Annual report of the Civil Veterinary Department, Bengal, and of the Bengal Veterinary College, for the year 1900-1901 - 1900-1901
Year: 1900
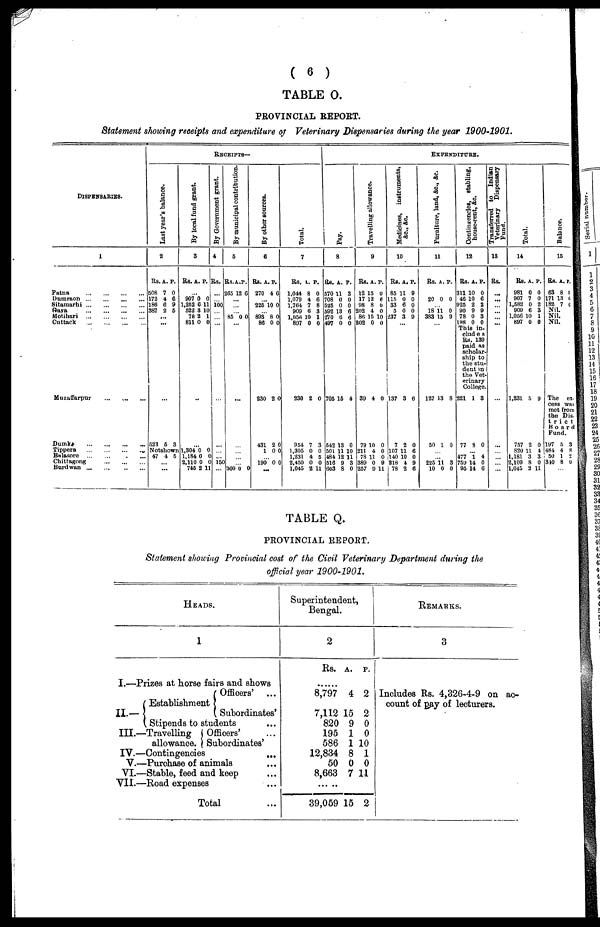
( 6 )
PROVINCIAL REPORT.
Statement showing receipts and expenditure of Veterinary Dispensaries during the year 1900-1901.
DISPENSARIES.
1
Patna
...
...
...
...
Dumraon
...
...
...
...
Sitamarhi
...
...
...
...
Gaya
...
...
...
...
Motihari
...
...
...
...
Cuttack
...
...
...
...
Muzaffarpur
...
...
...
Dumka
...
...
...
...
Tippera
...
...
...
...
Balasore ... ... ... ...
Chittagong
...
...
...
...
Burdwan
...
...
...
...
RECEIPTS—
Last year's balance.
2
Rs.
608
172
186
387
...
523
A.
7
4
6
2
...
...
5
P.
0
6
9
6
3
Not shown
47
...
...
4 5
By local fund grant
.
3
Rs.
..
907
1,252
522
78
811
..
...
l,304 0
1,184
2,11
746
A.
.
0
6
3
2
0
0
0 0
2
P.
0
11
10
1
0
0
0
0
11
By Government grant.
4
Rs.
...
... 100
...
...
...
...
...
...
...
150
...
By municipal contribution
.
5
Rs.
205
...
...
... 85 0
...
...
...
...
...
300
A.
12
... 0
P.
6
0
0
By other sources.
6
Rs.
270
... 225
... 893
86
230
431
1
... 190
.
A.
4
10
8
0
2
2
0
0
..
P.
6
0
0
0
0
0
0
0
Total.
7
Rs,
1,044
1,079
1,764
909
l,056
897
230
954
1,305
1,231
2,450
1,045
A.
8
4
7
6
10
0
2
7
0
4
0
2
P.
0
6
8
3
1
0
0
3
0
5
0
11
EXPEBNDITURE.
Pay.
8
Rs.
570
708
525
592
270
497
705
542
501
484
516
603
A.
11
0
0
13
6
0
16
13
11
12
9
8
P.
3
0
0
6
6
0
4
0
10
11
3
0
Travelling allowance.
9
Rs.
12
17
98
202
86
202
39
79
211
78
389
257
A.
15
12
8
4
15
0
4
10
4
11
0
9
P.
0
6
0
0
10
0
0
0
0
0
9
11
Me dic ine s
, instruments,
&c. , &c.
10
Rs.
85 1
115
33
5
237
...
137
7
107
140
218
78
A.
1
0
6
0
3
3
2
11
10
4
2
P.
9
0
0
0
9
6
0
6
0
9
6
Furniture
, land, &c., &c.
11
Rs.
20
... 18
383
...
127
50
...
... 225
10
A.
0
11
15
13
1
11
0
P.
0
0
9
8
0
3
0
Contingencies, stabling,
house-rent, &c.
12
Rs.
311 1
46 1
925
90
78
198
A.
0
0
2
9
0
0
P.
0
6
2
9
3
0
This in-
clues
Rs. 139
paid as
scholar
ship to
the stu-
dent in
the Vet-
erinary
College.
221
77
... 477 1
759
95
1
8
14
14
3
0
4
0
6
Transferred to Indian
Veterinary Dispensary
Fund.
13
Rs.
...
...
...
...
...
...
...
...
...
...
... ...
Total.
14
Rs.
981
907
1,582
909
1,056 1
897
1,231
757
820 1
1,181
2,109
1,045
A.
0
7
0
6
0
0
5
2
1
3
8
2
P.
0
0
2
3
1
0
9
0
4
3
0
11
Balance.
15
Rs.
63
171
182
Nil
Nil
Nil
A.
8
18
7
.
.
.
P.
0
6
6
The ex-
cess was
met from
the Dis-
t r
ict
Board
Fund.
197
484
50
310
...
5
4
1
8
3
8
2
0
TABLE Q.
PROVINCIAL REPORT.
Statement showing Provincial cost of the Civil Veterinary Department during the
official year 1900-1901.
HEADS.
1
I.—Prizes at horse fairs and shows
Officers'
...
Establishment
II.—
Subordinates'
Stipends to students ...
III.—Travelling
Officers' ...
allowance. Subordinates'
IV.—Contingencies
...
V.—Purchase of animals ...
VI.—Stable, feed and keep ...
VII.—Road expenses
...
Total ...
Superintende
Bengal.
nt,
2
Rs.
......
8,797
7,112
820
195
586
12,834
50
8,663
... ..
39,059
A.
4
15
9
1
1 1
8
0
7 1
15
P.
2
2
0
0
0
1
0
1
2
REMARKS.
3
Includes Rs. 4,326-4-9 on ac-
count of gay of lecturers.